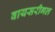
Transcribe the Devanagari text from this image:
वायसरीगल